Civil Veterinary Department Bihar & Orissa reports 1911-21 - 1911-1921
Year: 1911
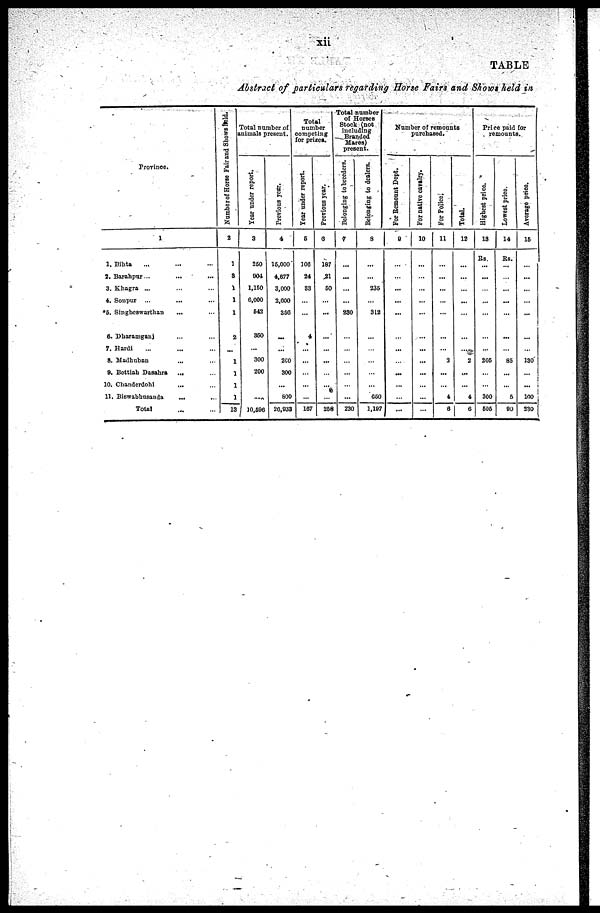
xii
TABLE
Abstract of particulars regarding Horse Fairs and Shows held in,
Province.
1
1, Bihta
... … …
2. Barahpur...
...
...
3. Khagra ... … …
4. Sonpur ... … …
*5. Singheswarthan … … …
6. Dharamganj … … …
7. Hardi … … …
8. Madhuban … …
9. Bettiah Dasahra
...
10. Chanderdohi … … …
11. Biswabhusanda
... … ….
Total … …
Number of Horse Fair and Shows held.
2
1
3
1
1
1
2
...
1
1
1
1
13
Total number of
animals present.
Year under report.
3
250
904
1,160
6,000
542
350
…
300
200
…
…
10,596
Previous year.
4
15,000
4,677
3,000
2,000
356
...
...
2C0
300
…
800
26,933
Total
number
competing
for prizes.
Year under report.
5
106
24
S3
…
…
4
…
…
…
…
…
167
Previous year.
6
187
21
50
…
...
...
…
...
…
...
…
258
Total number
of Horses
Stock (not
including
Branded
Mares)
present.
Belonging to breeders.
7
...
...
…
...
230
…
…
…
…
…
...
230
Belonging to dealers.
3
...
…
235
…
312
…
……
…
…
…
650
1,197
Number of remounts
purchased.
For Remount Dept.
9
...
…
...
...
...
…
...
…
...
...
…
...
For native cavalry.
10
…
…
…
…
…
...
...
...
...
…
…
…
For Police
11
…
…
…
…
…
…
…
3
...
…
4
6
Total.
12
...
…
…
...
…
…
…
2
…
…
4
6
Price paid for
remounts.
Highest price
13
Rs.
...
...
…
...
...
…
…
205
…
…
300
505
Lowest priec.
14
Rs.
…
…
...
...
…
...
…
85
...
…
5
90
Averago prico.
16
…
...
…
…
...
...
…
130
…
…
100
230